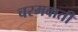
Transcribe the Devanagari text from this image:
चरमवाती